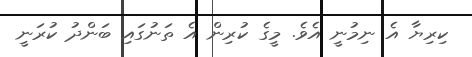
ކިރިޔާ އެ ނިމުނީ އެވެ. މީގެ ކުރިން އެ ތަނުގައި ބަންދު ކުރަނީ